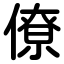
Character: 僚